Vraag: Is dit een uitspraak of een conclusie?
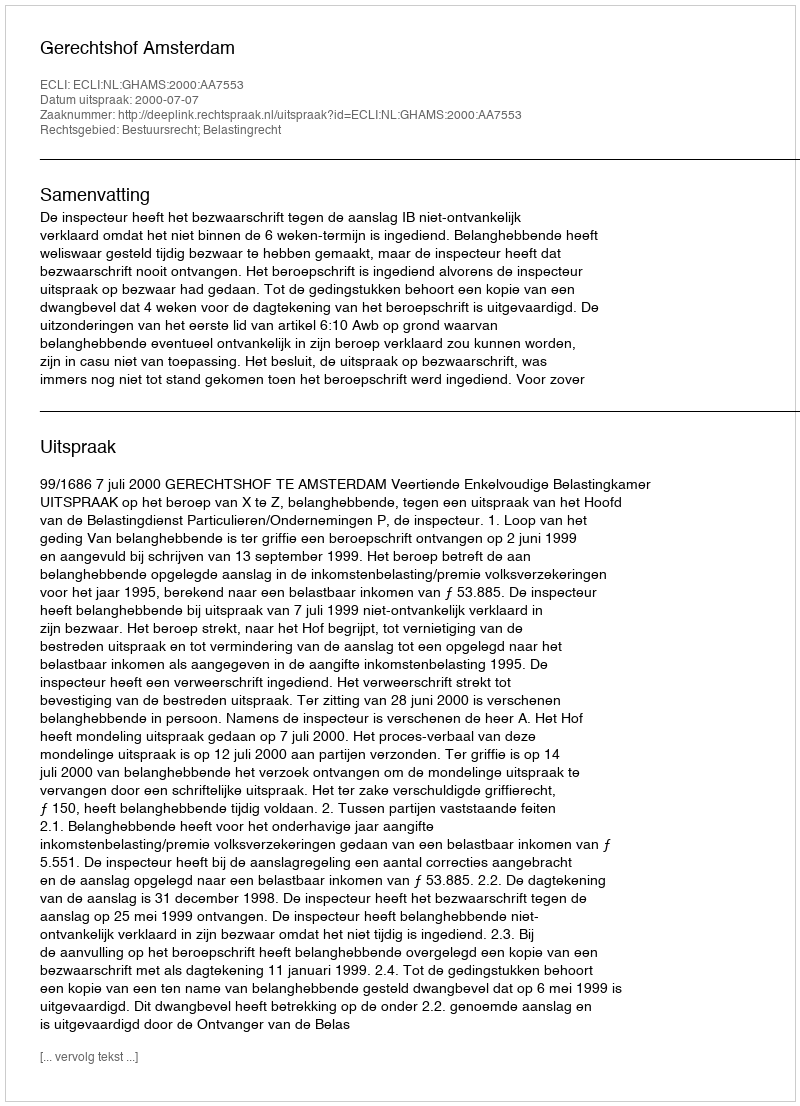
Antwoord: Uitspraak